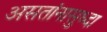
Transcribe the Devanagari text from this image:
असतांनासुध्दा